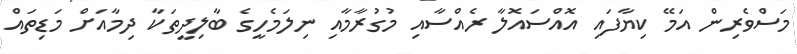
މަސްވެރިން އަމޭ ކިޔާފައި އޮއްސައޮލާ ރެއްސާއި މުގުރާމާއި ނިލަމެހީގެ ބާލިދީތަކާ ދިމާއަށް މަޑިތައް